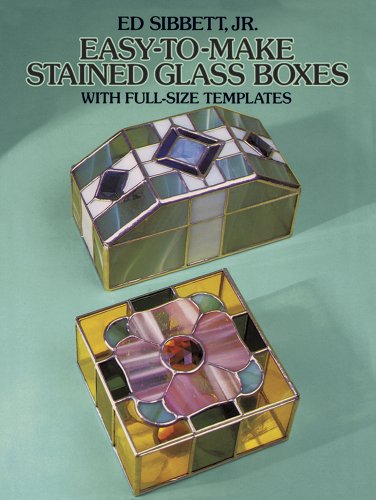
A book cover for Easy-to-Make Stained Glass Boxes: With Full-Size Templates (Dover Stained Glass Instruction); Ed Sibbett Jr.; Crafts, Hobbies & Home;